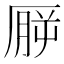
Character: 𪠒